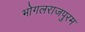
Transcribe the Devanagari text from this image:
भोगलराजपुरम